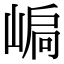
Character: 𡹫